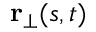
\mathbf { r } _ { \perp } ( s , t )